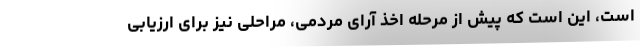
است، این است که پیش از مرحله اخذ آرای مردمی، مراحلی نیز برای ارزیابی